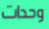
وحدات